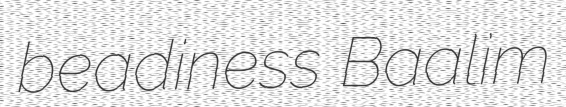
beadiness Baalim